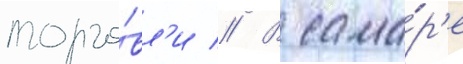
торго́вл'и // В сама́р'е